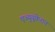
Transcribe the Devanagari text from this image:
एज्युयूकेशन